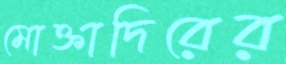
মোক্তাদিরের